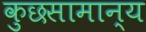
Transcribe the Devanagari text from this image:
कुछसामान्य